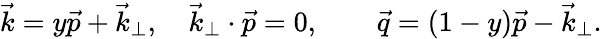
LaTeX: \vec{k}=y\vec{p}+{\vec{k}_{\perp}},\quad{\vec{k}_{\perp}}\cdot\vec{p}=0,\qquad\vec{q}=(1-y)\vec{p}-{\vec{k}_{\perp}}.